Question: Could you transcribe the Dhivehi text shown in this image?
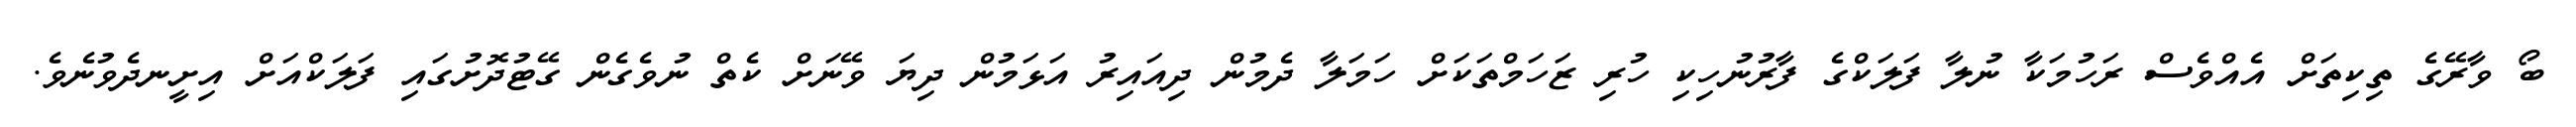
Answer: ބޯ ވާރޭގެ ތިކިތަށް އެއްވެސް ރަހުމަކާ ނުލާ ފަލަކްގެ ފާރުނުހިކި ހުރި ޒަހަމްތަކަށް ހަމަލާ ދެމުން ދިއައިރު އަޅަމުން ދިޔަ ވޭނަށް ކެތް ނުވެގެން ގޭޓުދޮށުގައި ފަލަކްއަށް އިށީނދެވުނެވެ.